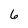
Character: 6